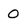
Character: 0